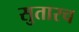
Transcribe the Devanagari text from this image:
सुतारच